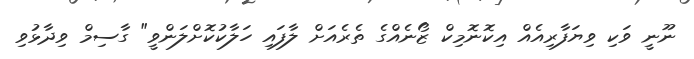
ނޫނީ ވަކި ވިޔަފާރިއެއް އިކޮނޮމިކް ޒޯނެއްގެ ތެރެއަށް ލާފައި ހަލާކުކޮށްލަންވީ" ގާސިމް ވިދާޅުވި